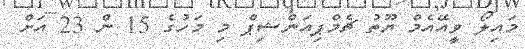
މައިލޯ ވީއޭއެމް ޔޫތު ޗެމްޕިއަންޝިޕް މި މަހުގެ 15 ން 23 އަށް